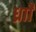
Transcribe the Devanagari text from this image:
र्ध्रााेंं